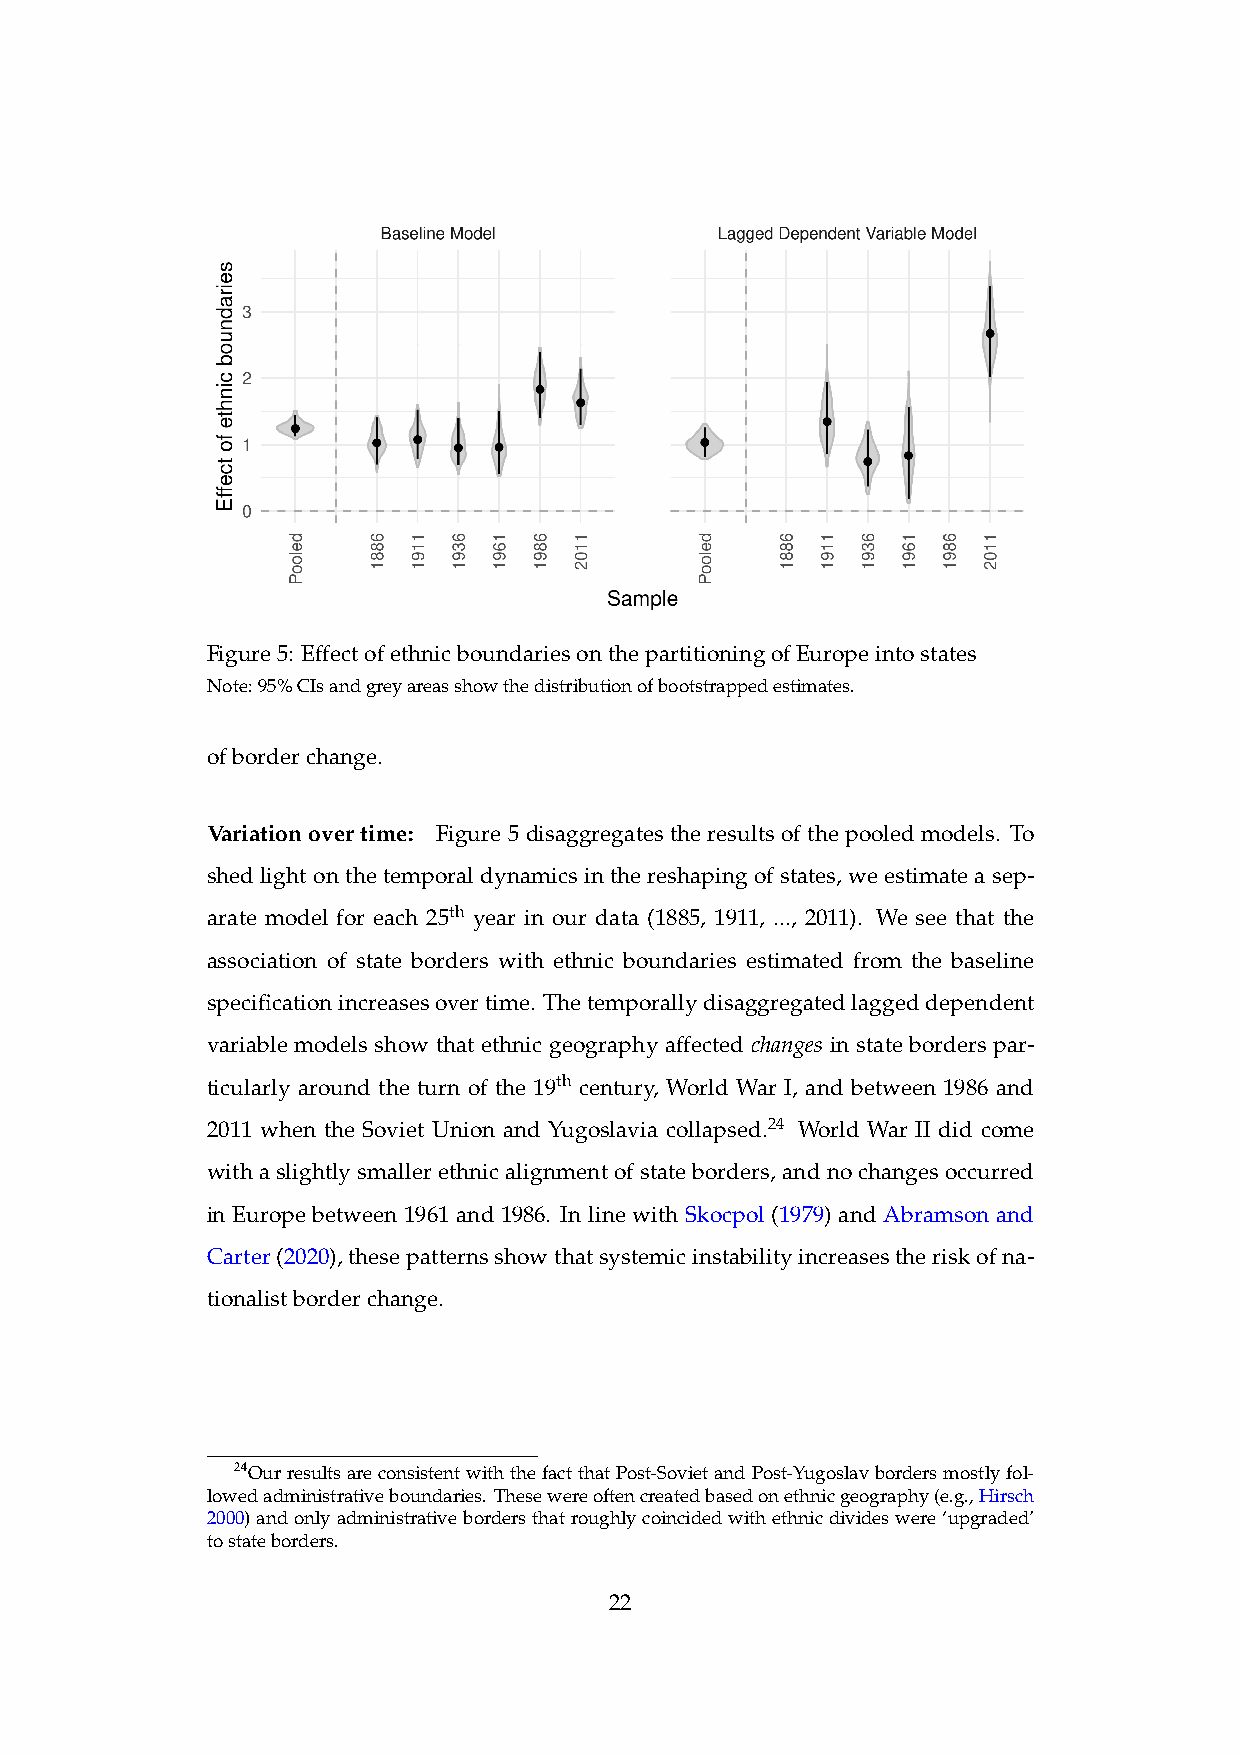
Figure5: EffectofethnicboundariesonthepartitioningofEuropeintostates
 Note:95%CIsandgreyareasshowthedistributionofbootstrappedestimates.
 ofborderchange.
 Variation over time: Figure 5 disaggregates the results of the pooled models. To
 shedlightonthetemporaldynamicsinthereshapingofstates, weestimateasep-
 arate model for each 25th year in our data (1885, 1911, ..., 2011). We see that the
 association of state borders with ethnic boundaries estimated from the baseline
 specificationincreasesovertime. Thetemporallydisaggregatedlaggeddependent
 variable models show that ethnic geography affected changes in state borders par-
 ticularly around the turn of the 19th century, World War I, and between 1986 and
 2011 when the Soviet Union and Yugoslavia collapsed.24 World War II did come
 withaslightlysmallerethnicalignmentofstateborders,andnochangesoccurred
 in Europe between 1961 and 1986. In line with Skocpol (1979) and Abramson and
 Carter(2020),thesepatternsshowthatsystemicinstabilityincreasestheriskofna-
 tionalistborderchange.
 24OurresultsareconsistentwiththefactthatPost-SovietandPost-Yugoslavbordersmostlyfol-
 lowedadministrativeboundaries. Thesewereoftencreatedbasedonethnicgeography(e.g.,Hirsch
 2000)andonlyadministrativebordersthatroughlycoincidedwithethnicdivideswere‘upgraded’
 tostateborders.
 22